Leaving Certificate Examination (including Day School Certificate (Higher) General paper), 1929
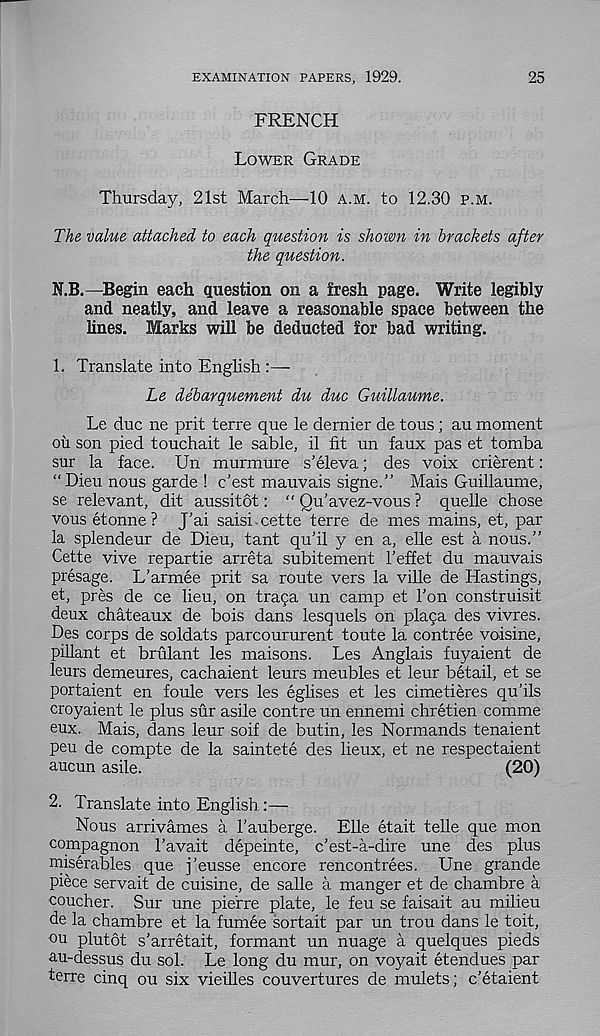
EXAMINATION PAPERS, 1929.
25
FRENCH
LOWER GRADE
Thursday, 21st March—10 A.M. to 12.30 P.M.
The value attached to each question is shown in brackets after
the question.
N.B.—Begin each question on a fresh page. Write legibly
and neatly, and leave a reasonable space between the
lines. Marks will be deducted for bad writing.
1. Translate into English
Le debarquement du due Gxiillaume.
Le due ne prit terre que le dernier de tons ; au moment
ou son pied touchait le sable, il fit un faux pas et tomba
sur la face. Un murmure s’eleva; des voix crierent:
“ Dieu nous garde ! e’est mauvais signe.” Mais Guillaume,
se relevant, dit aussitot: “ Qu’avez-vous ? quelle chose
vous etonne ? J’ai saisi cette terre de mes mains, et, par
la splendeur de Dieu, tant quhl y en a, elle est a nous.”
Cette vive repartie arreta subitement I’effet du mauvais
presage. L’armee prit sa route vers la ville de Hastings,
et, pres de ce lieu, on trapa un camp et Ton construisit
deux chateaux de bo is dans lesquels on placa des vivres.
Des corps de soldats parcoururent toute la contree voisine,
pillant et brulant les maisons. Les Anglais fuyaient de
leurs demeures, cachaient leurs meubles et leur betail, et se
portaient en foule vers les eglises et les cimetieres qu’ils
croyaient le plus sur asile centre un ennemi chretien comme
eux. Mais, dans leur soif de butin, les Normands tenaient
peu de compte de la saintete des lieux, et ne respectaient
aucun asile.
(20)
2. Translate into English :—
Nous arrivames a I’auberge. Elle etait telle que mon
compagnon 1’avait depeinte, e'est-a-dire une des plus
miserables que j’eusse encore rencontrees. Une grande
piece servait de cuisine, de salle a manger et de chambre a
coucher. Sur une piefre plate, le feu se faisait au milieu
de la chambre et la fumee sortait par un trou dans le toit,
ou plutot s’arretait, formant un nuage a quelques pieds
au-dessus du sol. Le long du mur, on voyait etendues par
terre cinq ou six vieilles couvertures de mulcts; e’etaient